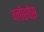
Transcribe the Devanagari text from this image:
ग्लोस्पेस